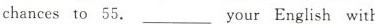
chances to 55.your____English with